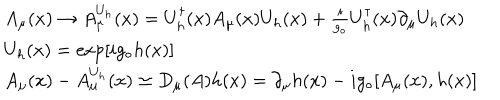
\begin{array} { r c l } { { } } & { { } } & { { A _ { \mu } ( x ) \rightarrow A _ { \mu } ^ { U _ { h } } ( x ) = U _ { h } ^ { \dagger } ( x ) A _ { \mu } ( x ) U _ { h } ( x ) + \frac { i } { g _ { \circ } } U _ { h } ^ { \dagger } ( x ) \partial _ { \mu } U _ { h } ( x ) } } \\ { { } } & { { } } & { { U _ { h } ( x ) = \exp [ i g _ { \circ } h ( x ) ] } } \\ { { } } & { { } } & { { A _ { \mu } ( x ) - A _ { \mu } ^ { U _ { h } } ( x ) \simeq D _ { \mu } ( A ) h ( x ) = \partial _ { \mu } h ( x ) - i g _ { \circ } [ A _ { \mu } ( x ) , h ( x ) ] } } \\ \end{array}